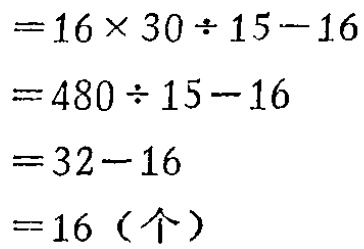
\[
\begin{align*}
&=16\times30\div15 - 16\\
&=480\div15 - 16\\
&=32 - 16\\
&=16 (\text{个})
\end{align*}
\]